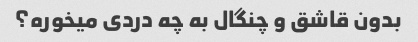
بدون قاشق و چنگال به چه دردی میخوره؟